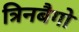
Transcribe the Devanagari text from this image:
त्रिनबैगो